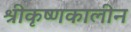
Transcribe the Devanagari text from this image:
श्रीकृष्णकालीन